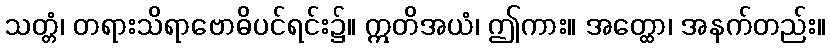
သတ္တံ၊ တရားသိရာဗောဓိပင်ရင်း၌။ ဣတိအယံ၊ ဤကား။ အတ္ထော၊ အနက်တည်း။